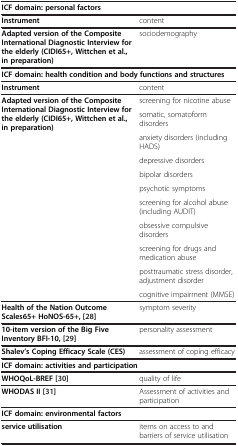
| ICF domain: personal factors |  |
 | --- | --- |
 | Instrument | content |
 | Adapted version of the Composite International Diagnostic Interview for the elderly (CIDI65+, Wittchen et al., in preparation) | sociodemography |
 | ICF domain: health condition and body functions and structures |  |
 | Instrument | content |
 | <ROWSPAN=10> Adapted version of the Composite International Diagnostic Interview for the elderly (CIDI65+, Wittchen et al., in preparation) | screening for nicotine abuse |
 | somatic, somatoform disorders |
 | anxiety disorders (including HADS) |
 | depressive disorders |
 | bipolar disorders |
 | psychotic symptoms |
 | screening for alcohol abuse (including AUDIT) |
 | obsessive compulsive disorders |
 | screening for drugs and medication abuse |
 | posttraumatic stress disorder, adjustment disorder |
 |  | cognitive impairment (MMSE) |
 | Health of the Nation Outcome Scales65+ HoNOS-65+, [28] | symptom severity |
 | 10-item version of the Big Five Inventory BFI-10, [29] | personality assessment |
 | Shalev’s Coping Efficacy Scale (CES) | assessment of coping efficacy |
 | <COLSPAN=2> ICF domain: activities and participation |
 | WHOQoL-BREF [30] | quality of life |
 | WHODAS II [31] | Assessment of activities and participation |
 | <COLSPAN=2> ICF domain: environmental factors |
 | service utilisation | items on access to and barriers of service utilisation |